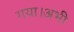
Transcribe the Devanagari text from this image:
गया।अभी